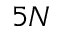
5 N